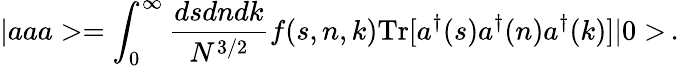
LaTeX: |aaa>=\int_{0}^{\infty}\frac{dsdndk}{N^{3/2}}f(s,n,k)\mathrm{Tr}[a^{\dagger}(s)a^{\dagger}(n)a^{\dagger}(k)]|0>\, .